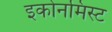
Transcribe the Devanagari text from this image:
इकोनमिस्ट